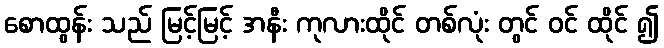
စောထွန်း သည် မြင့်မြင့် အနီး ကုလားထိုင် တစ်လုံး တွင် ဝင် ထိုင် ၍